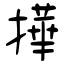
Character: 撶